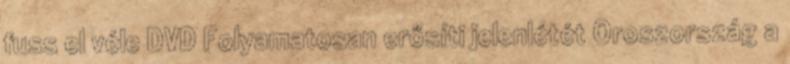
fuss el véle DVD Folyamatosan erősíti jelenlétét Oroszország a